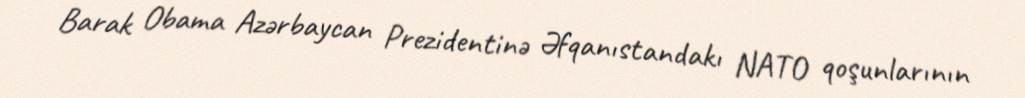
Barak Obama Azərbaycan Prezidentinə Əfqanıstandakı NATO qoşunlarının